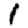
Digit: 1